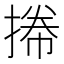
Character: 𢯭